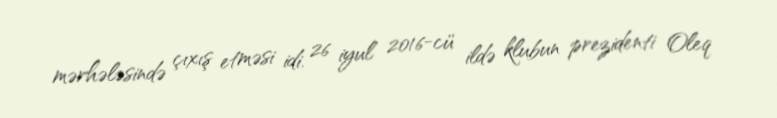
mərhələsində çıxış etməsi idi. 26 iyul 2016-cü ildə klubun prezidenti Oleq